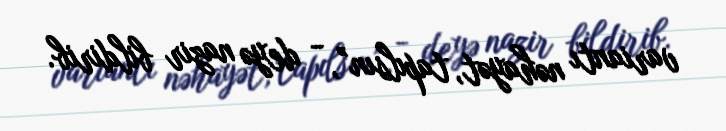
variantı nəhayət, tapılsın”, - deyə nazir bildirib.